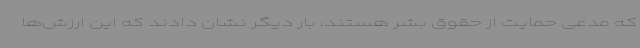
که مدعی حمایت از حقوق بشر هستند، بار دیگر نشان دادند که این ارزش‌ها